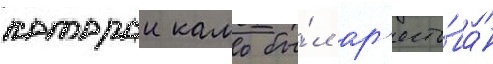
которои камо бы́л ар'есто́ван